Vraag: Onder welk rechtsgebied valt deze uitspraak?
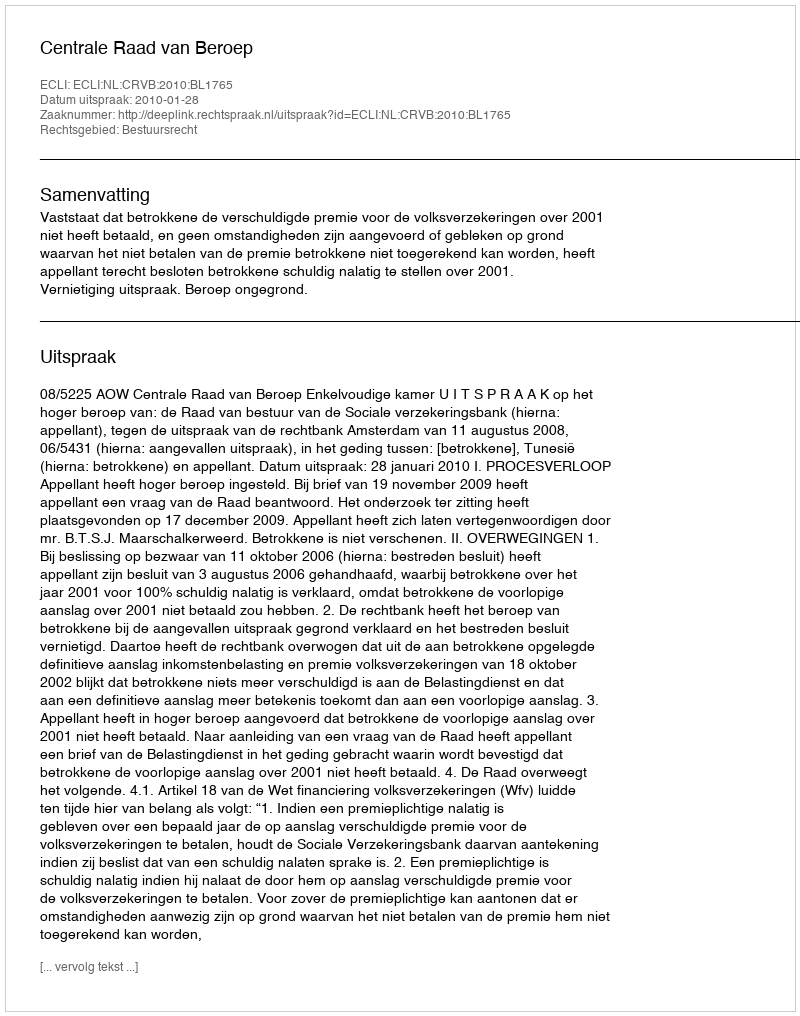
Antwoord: Bestuursrecht